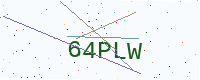
Text: 64PLW